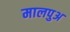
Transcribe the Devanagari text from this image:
मालपुअ